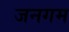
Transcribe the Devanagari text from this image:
जनगम